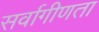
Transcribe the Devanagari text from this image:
सर्वागीणता